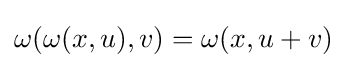
\omega (\omega (x,u),v)=\omega (x,u+v)~